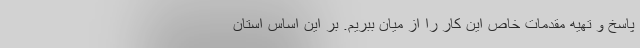
پاسخ و تهیه مقدمات خاص این کار را از میان ببریم. بر این اساس استان